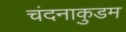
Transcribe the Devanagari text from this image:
चंदनाकुडम